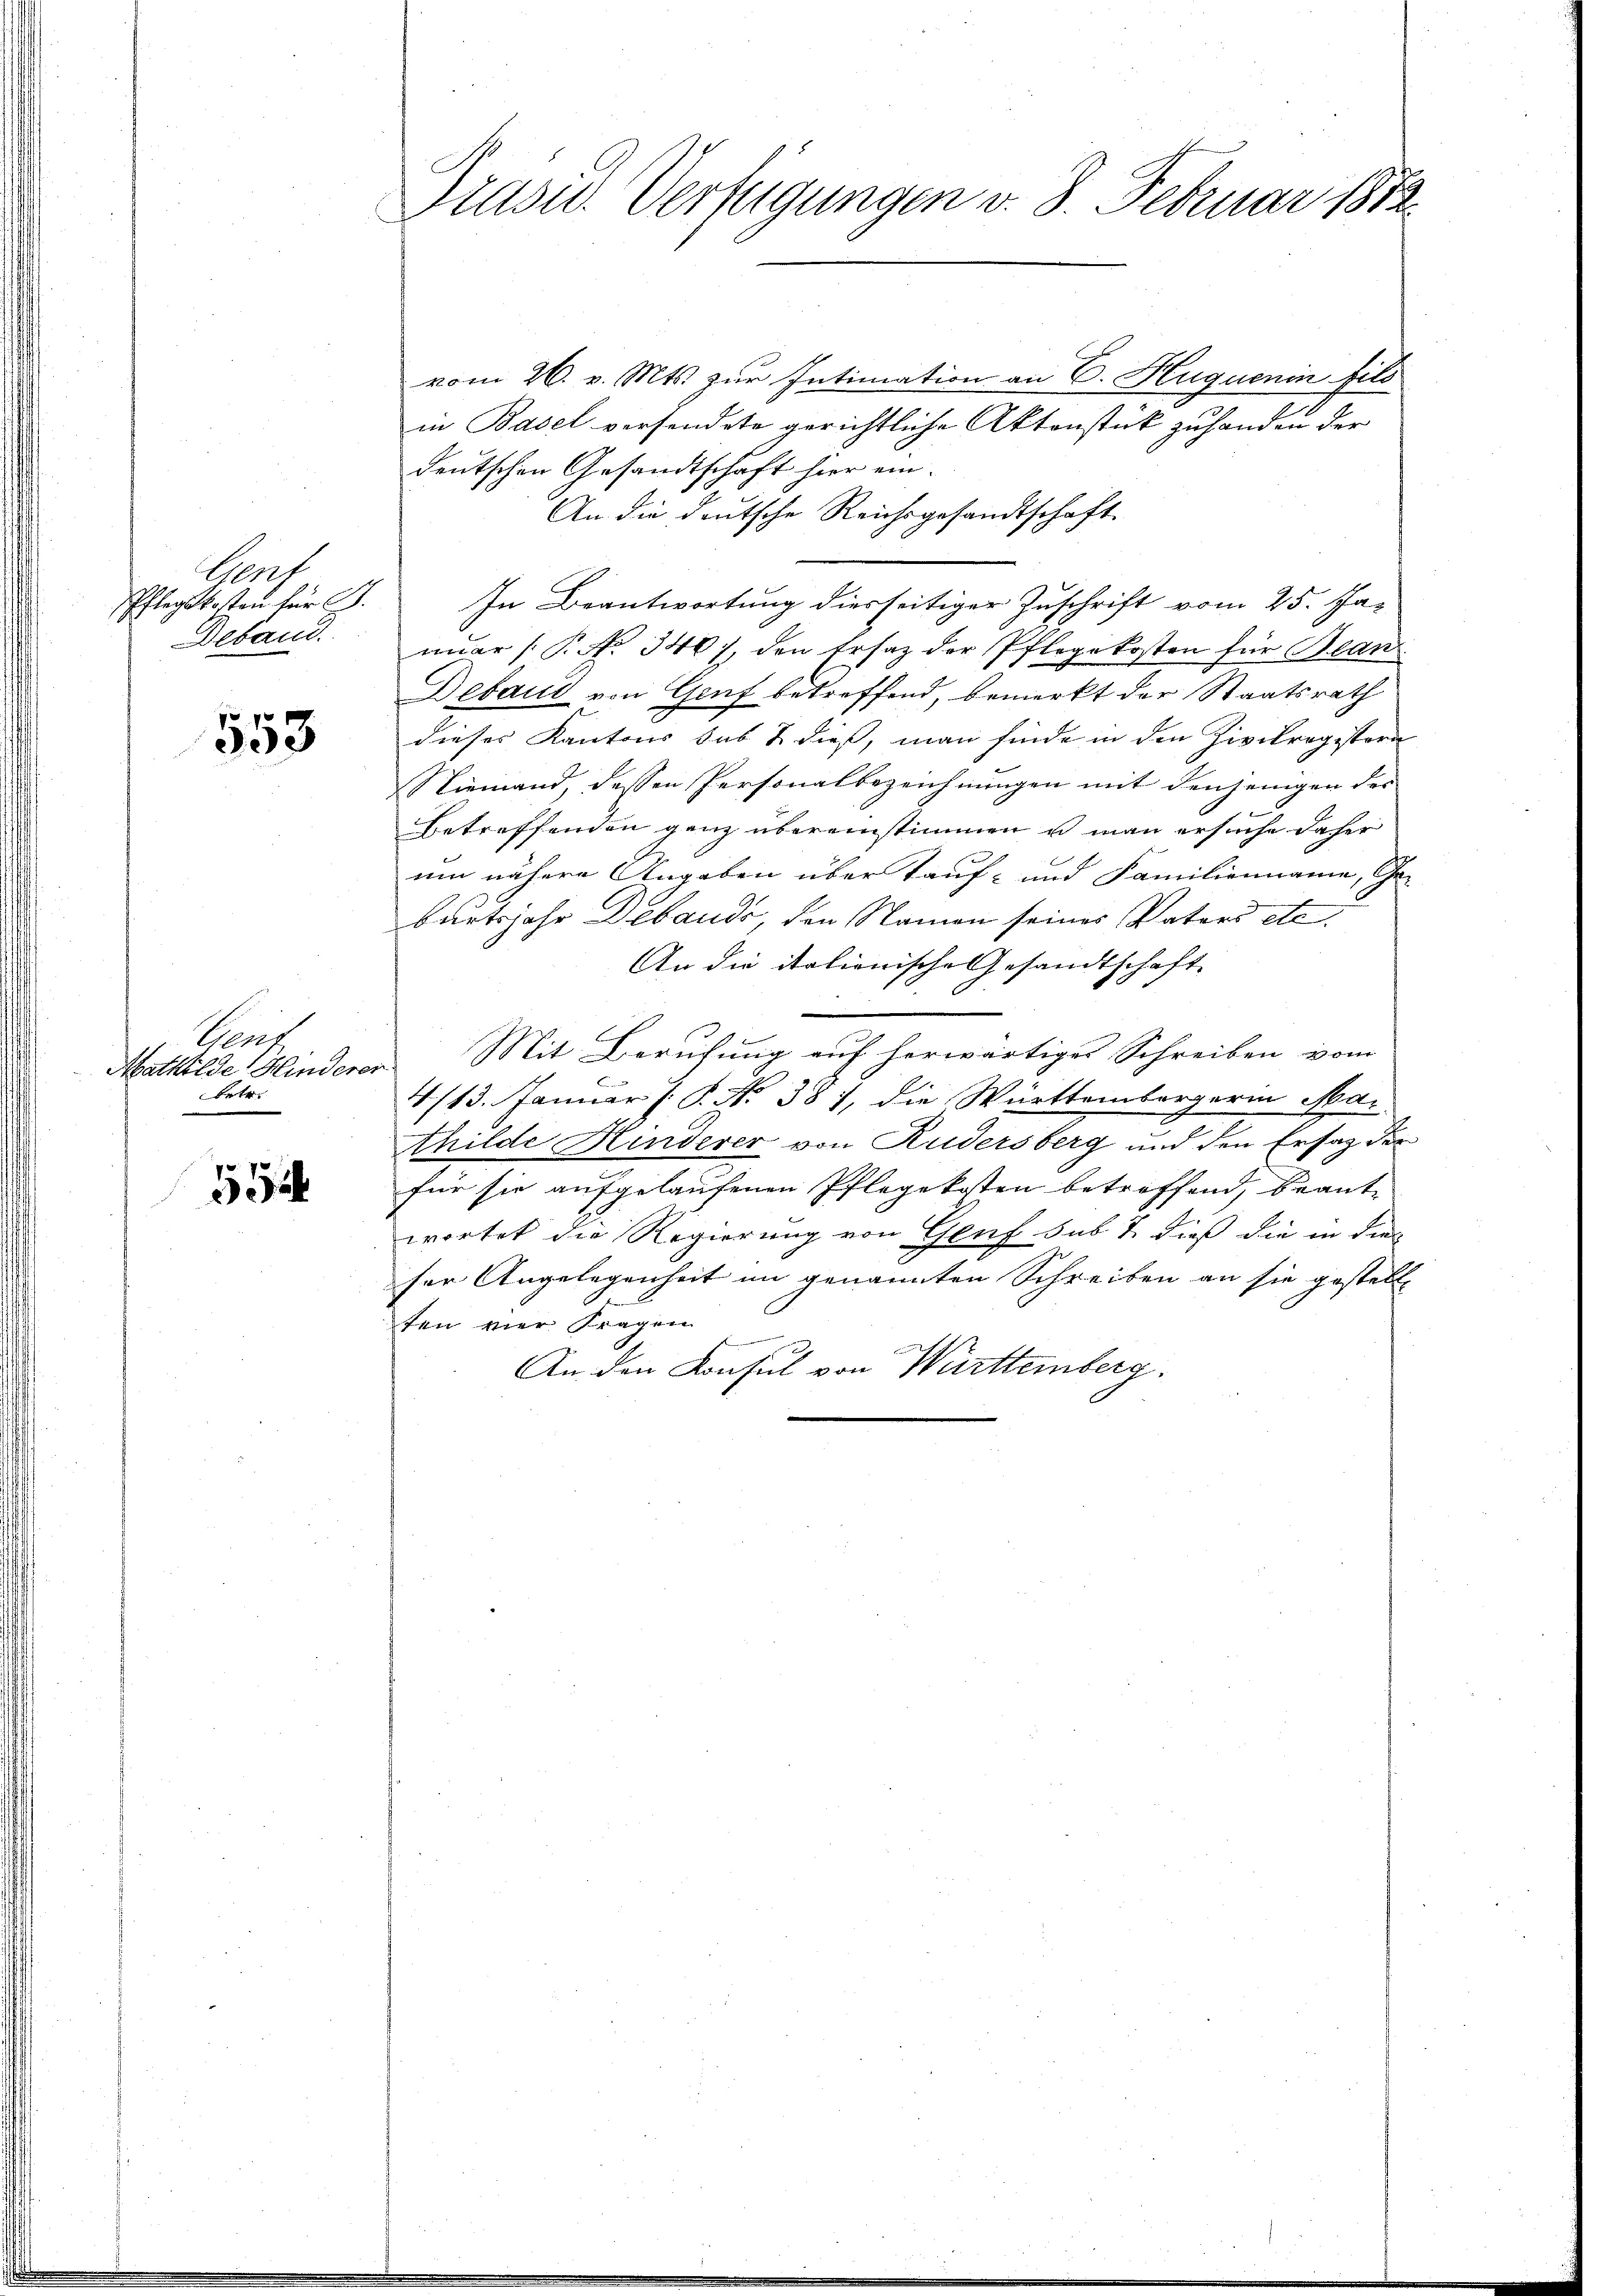
epf
Pflegskosten für J.
Deband.

553

Gens
Mathilde Hinderer
betr.

35

vom 26. v. Mts. zur Intimation an C. Huquenin fils
in Basel versendete gerichtliche Aktenstück zuhanden der
deutschen Gesandtschaft hier ein-
An die deutsche Reichsgesandtschaft.
In Beantwortung diesseitiger Zuschrift vom 25. Ja-
auer P. No. 340), den Ersatz der Pflegekosten für Bean
Debaut von Genf betreffend, bemerkt der Staatsrath
dieses Kantons sub & dieß, man finde in den Zivilregistera
Niemand, dessen Personalbezeichnungen mit denjenigen der
Betreffenden ganz übereinstimmen u man ersuche daher
um nähere Angaben über Tauf- und Familienname, Ge-
burtsjahr Debands, den Namen seines Vaters etc.
An die italionische Gesandtschaft
Mit Berufung auf herwärtiges Schreiben vom
4/13. Januar [ P. No 381, die Württembergerin Ma-
thilde Hinderer von Rudersberg und den Ersatz der
für sie aufgelaufenen Pflegekosten betreffend, brante
wortet die Regierung von Genf sub 7 dieß die in dies
ser Angelegenheit im genannten Schreiben an sie gestelle
ten vier Fragen
e
An den Konsul von Württemberg.

Präsid. Verfügungen v. 3. Februar 1872.